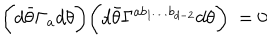
\biggl ( d { \bar { \theta } } \Gamma _ { a } d \theta \biggr ) \biggl ( d { \bar { \theta } } \Gamma ^ { a b _ { 1 } \ldots b _ { d - 2 } } d \theta \biggr ) ~ = 0